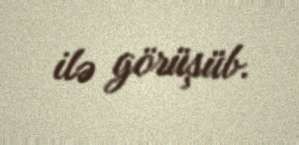
ilə görüşüb.